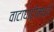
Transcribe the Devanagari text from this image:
वाटाघाटींमध्ये